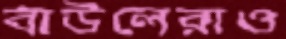
বাউলেরাও